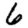
Digit: 6